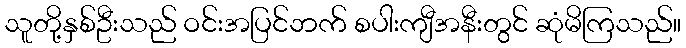
သူတို့နှစ်ဦးသည် ဝင်းအပြင်ဘက် စပါးကျီအနီးတွင် ဆုံမိကြသည်။